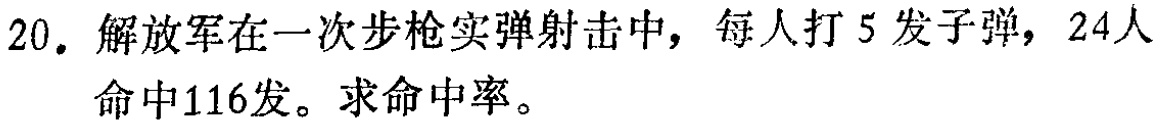
20. 解放军在一次步枪实弹射击中，每人打 5 发子弹，24人命中116发。求命中率。